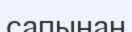
сапынан